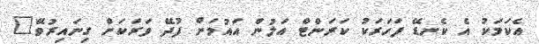
އެކަމަކު އެ ކެނޑޭ ފަހަރަކު ކަރަންޓް އަލުން އައުމަށް ފުދޭ ވަރަކަށް ގިނައިރުވޭ"